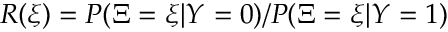
R ( \xi ) = P ( \Xi = \xi | Y = 0 ) / P ( \Xi = \xi | Y = 1 )